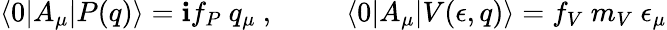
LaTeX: \langle0|A_{\mu}|P(q)\rangle=\mathbf{i}f_{P}~q_{\mu}~,~~~~~~~~~~\langle0|A_{\mu}|V(\epsilon,q)\rangle=f_{V}~m_{V}~\epsilon_{\mu}